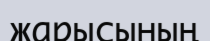
жарысының